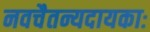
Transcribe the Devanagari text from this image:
नवचैतन्यदायकाः